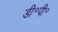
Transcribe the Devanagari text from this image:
डी॰पी॰